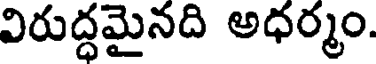
విరుద్ధమైనది అధర్మం.